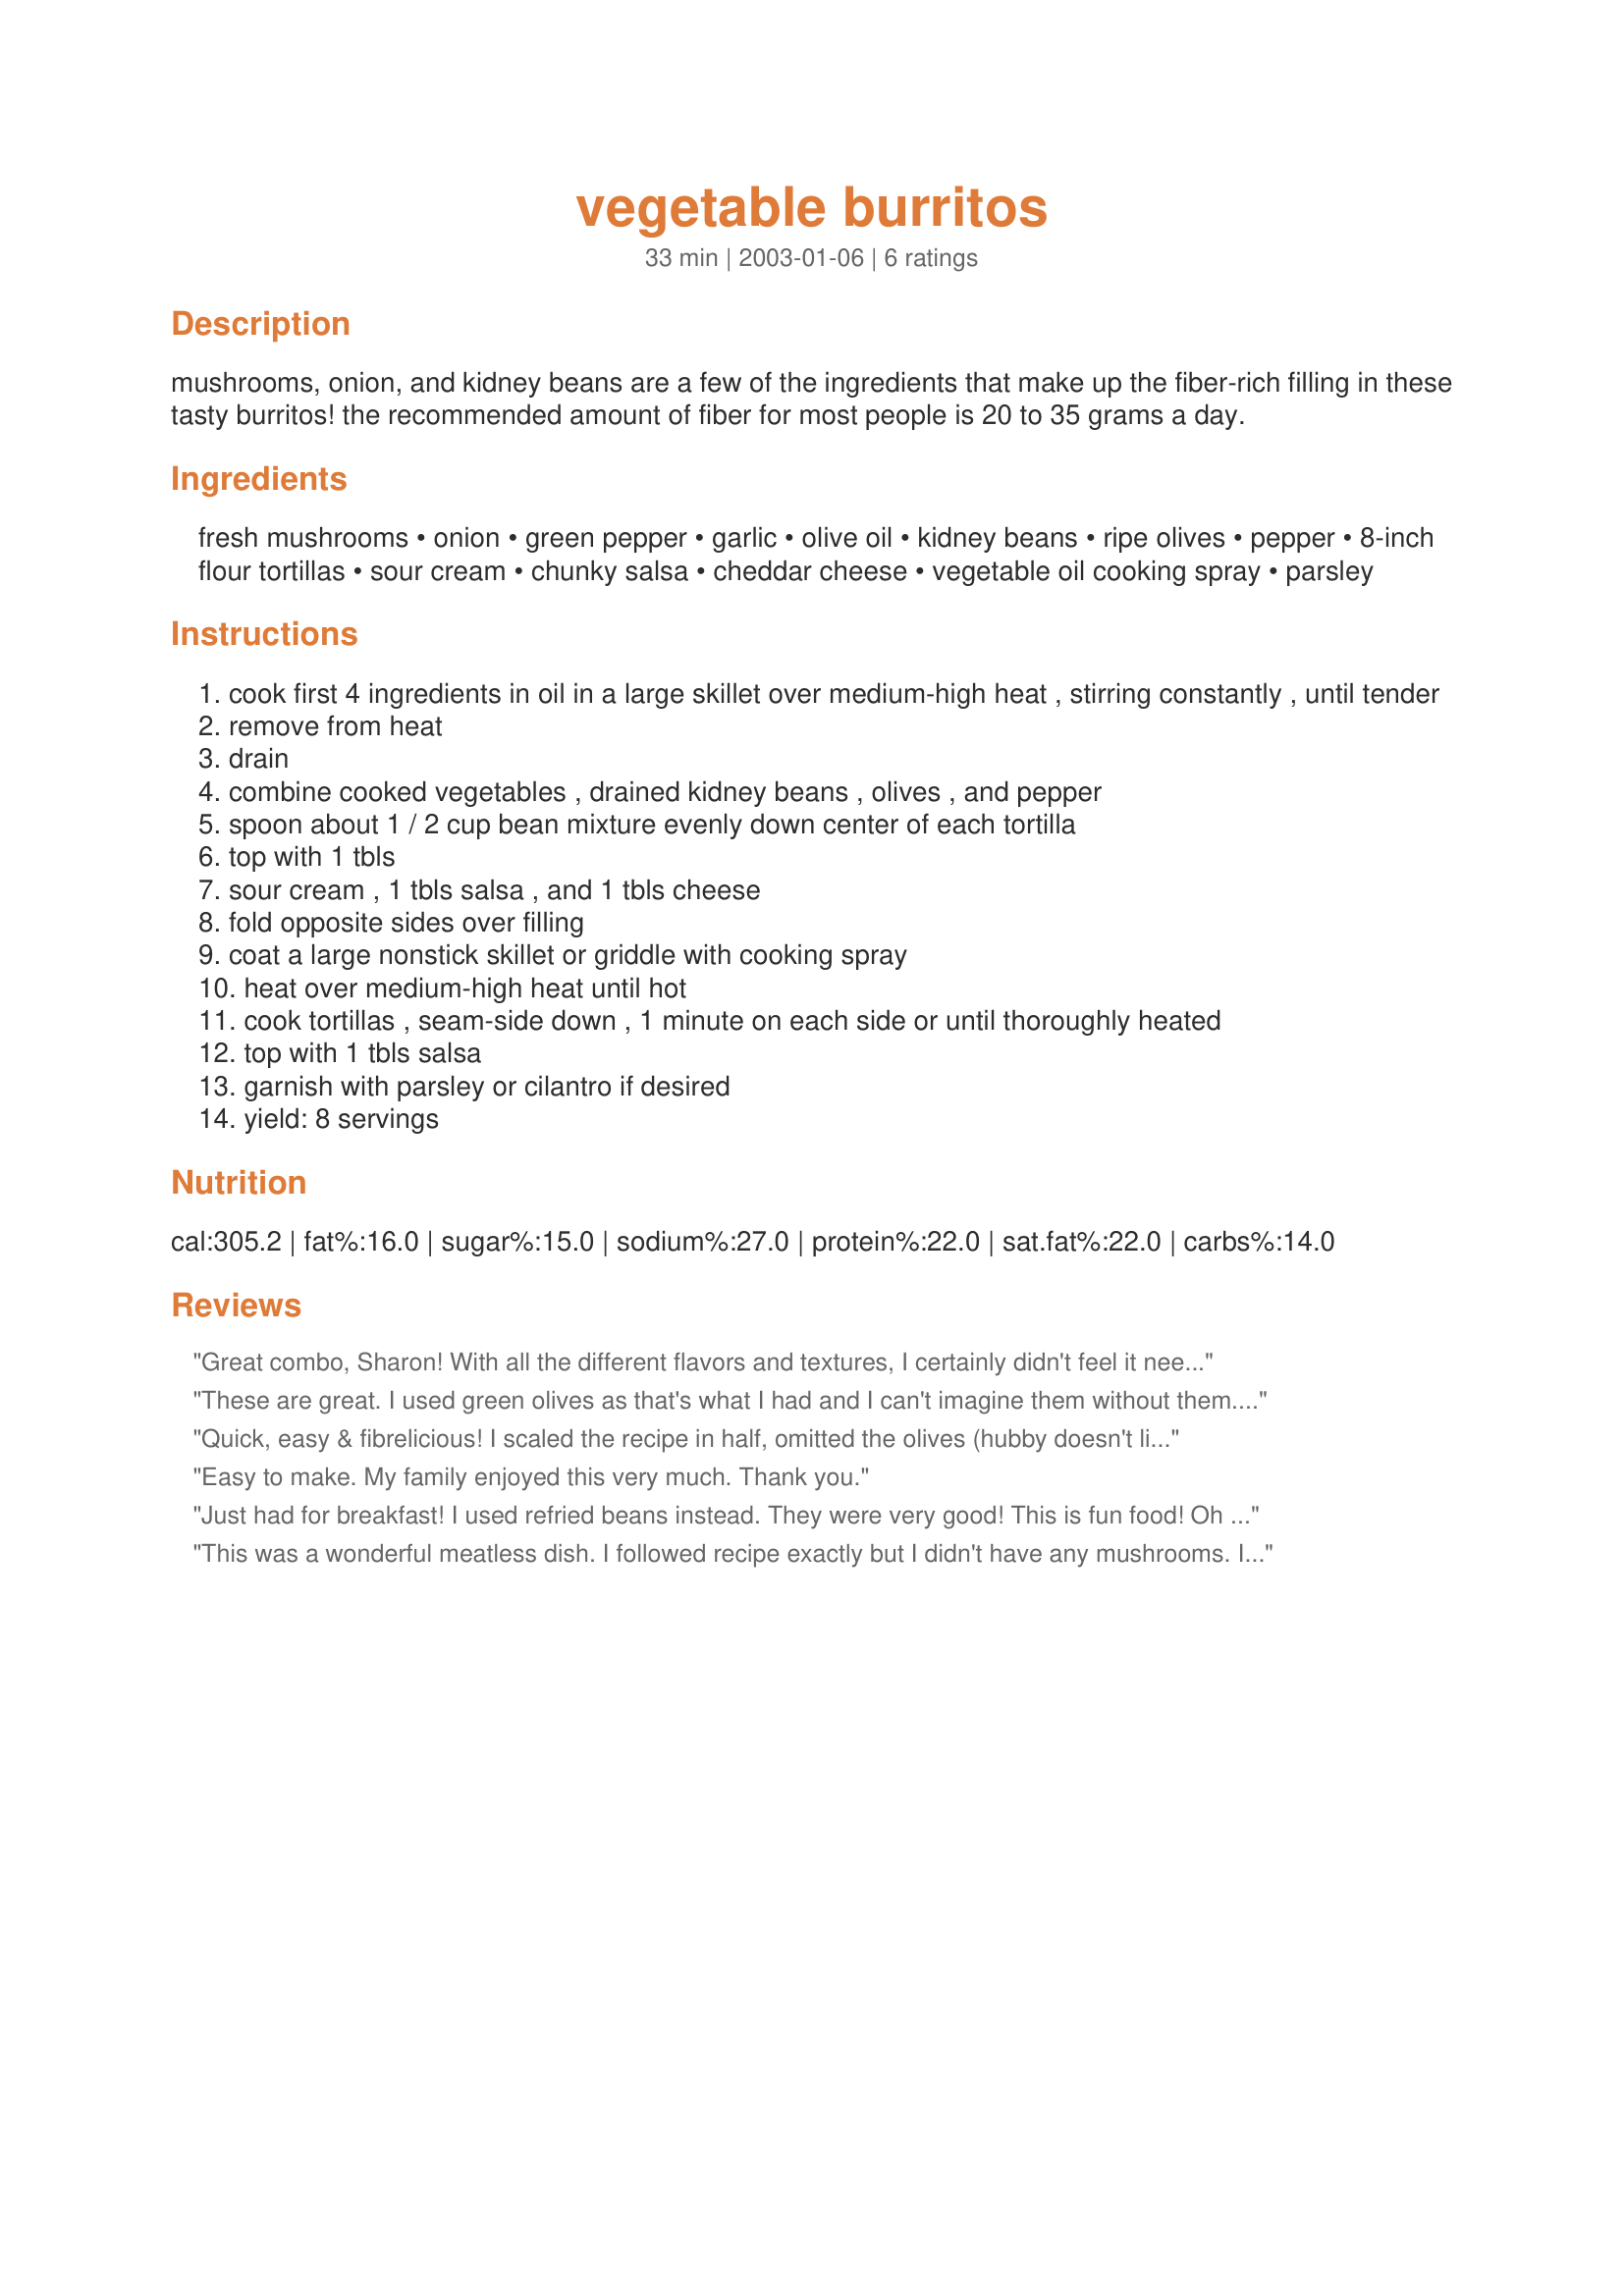
vegetable burritos
Preparation time: 33 minutes

mushrooms, onion, and kidney beans are a few of the ingredients that make up the fiber-rich filling in these tasty burritos! the recommended amount of fiber for most people is 20 to 35 grams a day.

Ingredients:
fresh mushrooms, onion, green pepper, garlic, olive oil, kidney beans, ripe olives, pepper, 8-inch flour tortillas, sour cream, chunky salsa, cheddar cheese, vegetable oil cooking spray, parsley

Steps:
cook first 4 ingredients in oil in a large skillet over medium-high heat , stirring constantly , until tender
remove from heat
drain
combine cooked vegetables , drained kidney beans , olives , and pepper
spoon about 1 / 2 cup bean mixture evenly down center of each tortilla
top with 1 tbls
sour cream , 1 tbls salsa , and 1 tbls cheese
fold opposite sides over filling
coat a large nonstick skillet or griddle with cooking spray
heat over medium-high heat until hot
cook tortillas , seam-side down , 1 minute on each side or until thoroughly heated
top with 1 tbls salsa
garnish with parsley or cilantro if desired
yield: 8 servings

Reviews:
Great combo, Sharon! With all the different flavors and textures, I certainly didn't feel it needed any meat added in. I did add some jalapeno and some corn, as well as chili powder, cumin and oregano. Delicious! Thanks for posting.
These are great. I used green olives as that's what I had and I can't imagine them without them. The first one was a little dodgey, but all the rest worked perfectly. This will be a regular meal.
Quick, easy & fibrelicious! I scaled the recipe in half, omitted the olives (hubby doesn't like) & served the sour cream on the side - only because I prefer it at room temperature. I had some difficulty holding the package together while cooking - guess I need some practice. Thanx Sharon!
Easy to make. My family enjoyed this very much. Thank you.
Just had for breakfast!
I used refried beans instead.
They were very good! 
This is fun food!
Oh I also had left over potatoes so I fried them up to put into the Burritos.It`s a keeper.
This was a wonderful meatless dish. I followed recipe exactly but I didn't have any mushrooms. I did use about 1/2 can or Rotel tomatoes with chilis since I had some left over. Let it cook down a little bit and wow!! A new staple in our house. Thanks for a really good Mexican treat which is healthy, too!!
